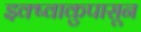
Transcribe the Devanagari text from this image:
इक्ष्वाकुपासून